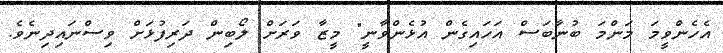
އެހެންވީމަ މަންމަ ބުނާބަސް އަހައިގެން އުޅެންވާނީ" މީޒާ ވަރަށް ލޯބިން ދަރިފުޅަށް ވިސްނައިދިނެވެ.